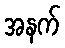
အနက်